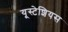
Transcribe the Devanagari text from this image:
यूस्टेशियस